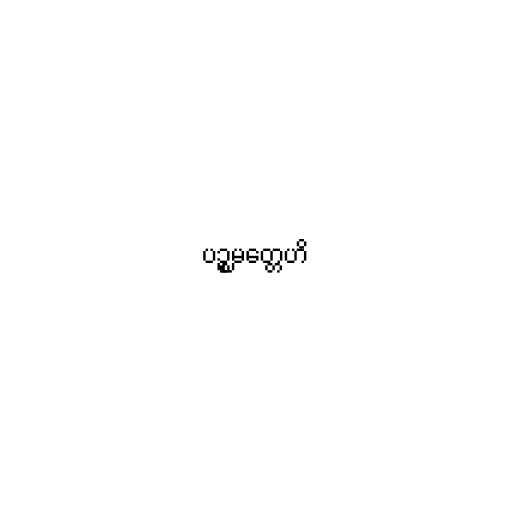
ပဉ္စမတ္တေဟိ